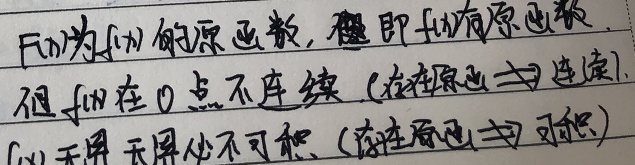
\(F(x)\)为\(f(x)\)的原函数，即\(f(x)\)有原函数。但\(f(x)\)在\(0\)点不连续（存在原函数\nRightarrow连续）。\(f(x)\)无界，无界必不可积（连续函数\(\Rightarrow\)可积）